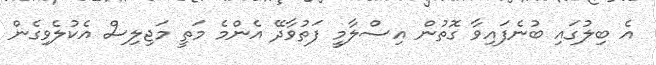
އެ ބިލުގައި ބުނެފައިވާ ގޮތުން އިސްލާމީ ފަތުވާދޭ އެންމެ މަތީ މަޖިލިސް އެކުލެވިގެން